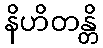
နိဟိတန္တိ